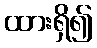
ထားရှိ၍